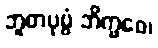
ဘူတပုဗ္ဗံ ဘိက္ခဝေ၊